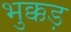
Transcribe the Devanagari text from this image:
भुक्कड़